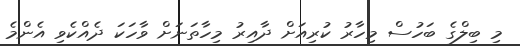
މި ބިލްގެ ބަހުސް މިހާރު ކުރިއަށް ދާއިރު މިހާތަނަށް ވާހަކަ ދެއްކެވި އެންމެ